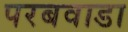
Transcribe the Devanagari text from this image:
परबवाडा